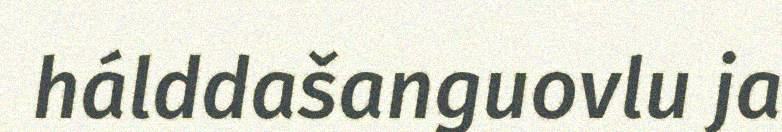
hálddašanguovlu ja